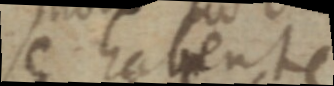
se habente